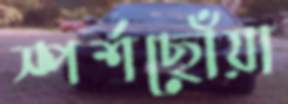
স্পর্শছোঁয়া